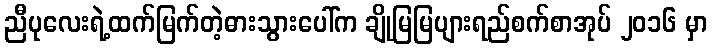
ညီပုလေးရဲ့ထက်မြက်တဲ့ဓားသွားပေါ်က ချိုမြမြပျားရည်စက်စာအုပ် ၂၀၁၆ မှာ